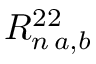
R _ { n \, a , b } ^ { 2 2 }